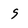
Character: g